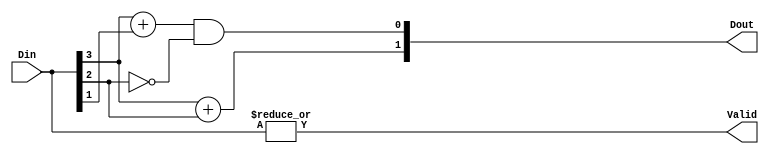
module PENC4(Din, Dout, Valid);
input [3:0] Din;
output [1:0] Dout;
output Valid;

assign Dout[1] = Din[3] + Din[2];
assign Dout[0] = Din[3] + Din[1]&(!Din[2]);
assign Valid = |Din;

endmodule